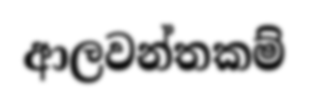
ආලවන්තකම්